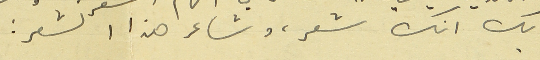
بك انك شعر، وشاعر هذا الشعر :